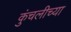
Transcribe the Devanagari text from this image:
कुंचलीच्या